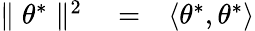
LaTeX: \begin{array}{rlr}{\parallel\theta^{*}\parallel^{2}}&{{}=}&{\langle\theta^{*},\theta^{*}\rangle}\end{array}